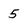
Character: 5